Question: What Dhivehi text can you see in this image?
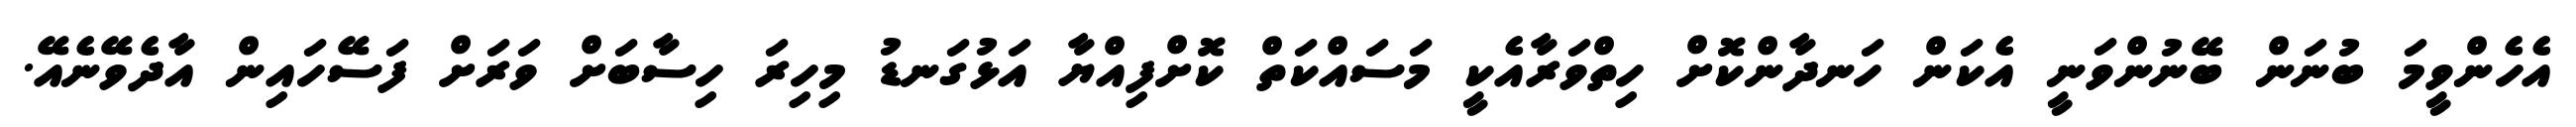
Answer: އެހެންވީމަ ބުނަން ބޭނުންވަނީ އެކަން ހަނދާންކޮށް ހިތްވަރާއެކީ މަސައްކަތް ކޮށްފިއްޔާ އަޅުގަނޑު މިހިރަ ހިސާބަށް ވަރަށް ފަސޭހައިން އާދެވޭނެއޭ.